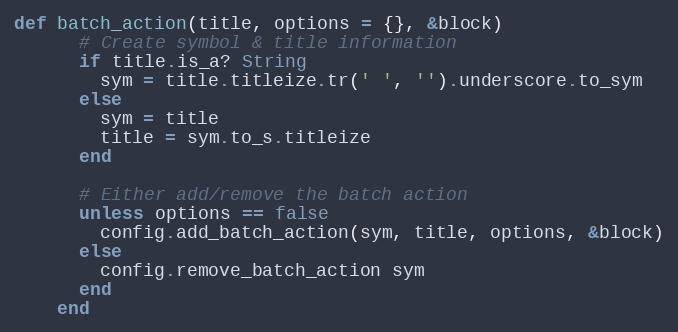
Language: Ruby
def batch_action(title, options = {}, &block)
      # Create symbol & title information
      if title.is_a? String
        sym = title.titleize.tr(' ', '').underscore.to_sym
      else
        sym = title
        title = sym.to_s.titleize
      end

      # Either add/remove the batch action
      unless options == false
        config.add_batch_action(sym, title, options, &block)
      else
        config.remove_batch_action sym
      end
    end